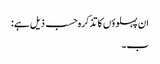
ان پہلوؤں کا تذکرہ حسب ذیل ہے:
ب۔